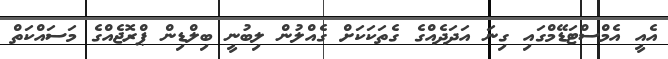
އެއީ އެމްސްޓަޑޭމްގައި ގިނަ އަދަދެއްގެ ގެތަކަކަށް ގެއްލުން ލިބުނީ ބިލްޑިން ޕްރޮޖެއްގެ މަސައްކަތް